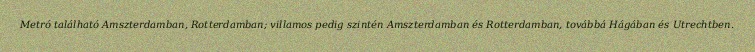
Metró található Amszterdamban, Rotterdamban; villamos pedig szintén Amszterdamban és Rotterdamban, továbbá Hágában és Utrechtben.